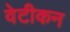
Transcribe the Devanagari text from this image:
वेटीकन